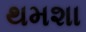
થમશા